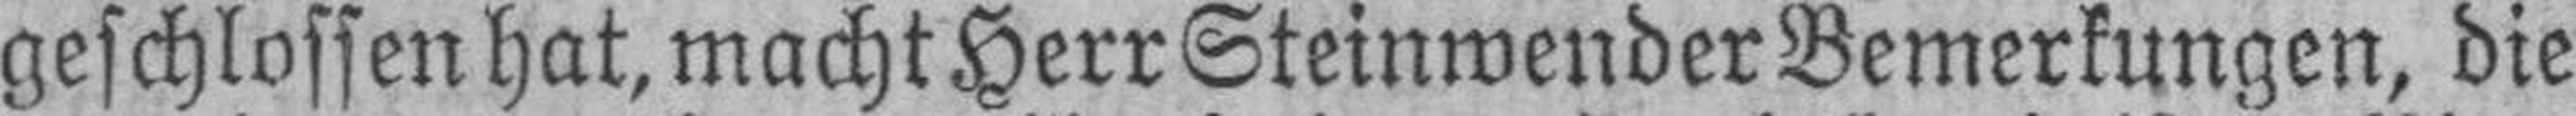
geschlossen hat, macht Herr Steinwender Bemerkungen, die